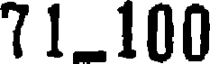
71100